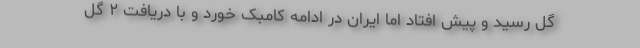
گل رسید و پیش افتاد اما ایران در ادامه کامبک خورد و با دریافت ۲ گل